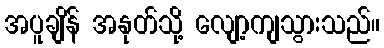
အပူချိန် အနုတ်သို့ လျော့ကျသွားသည်။